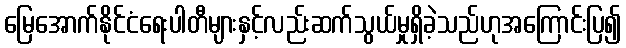
မြေအောက်နိုင်ငံရေးပါတီများနှင့်လည်းဆက်သွယ်မှုရှိခဲ့သည်ဟုအကြောင်းပြ၍